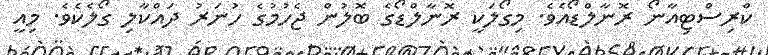
ކްރިސްޓިއާނޯ ރޮނާލްޑޯއެވެ. މިގޯލަކީ ރޮނާލްޑޯގެ ބޮލުން ޖެހުމުގެ ހުނަރު ދައްކާލި ގޯލެކެވެ. މިއީ